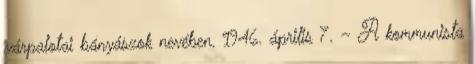
várpalotai bányászok nevében. 1946. április 7. – A kommunista